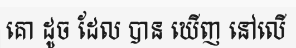
គោ ដូច ដែល បាន ឃើញ នៅលើ